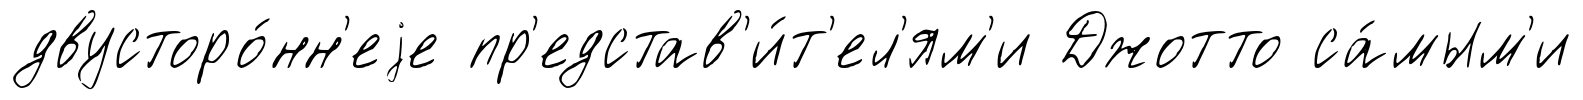
двусторо́нн'еjе пр'едстав'и́т'ел'ям'и Джотто са́мым'и